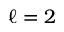
\ell = 2